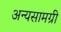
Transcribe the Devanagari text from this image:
अन्यसामग्री